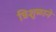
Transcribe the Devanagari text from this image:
त्रिशुळाने